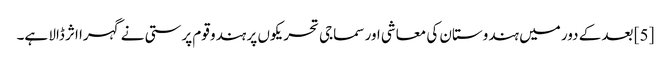
[5] بعد کے دور میں ہندوستان کی معاشی اور سماجی تحریکوں پر ہندو قوم پرستی نے گہرا اثر ڈالا ہے۔